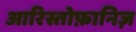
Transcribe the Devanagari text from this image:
आरिस्तोफ़ानिज़